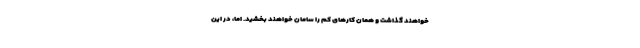
خواهند گذاشت و همان کارهای کم را سامان خواهند بخشید. اما، در این